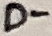
Text: D-